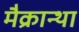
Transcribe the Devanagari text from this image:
मैक्रान्था